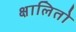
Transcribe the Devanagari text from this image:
क्षालितो